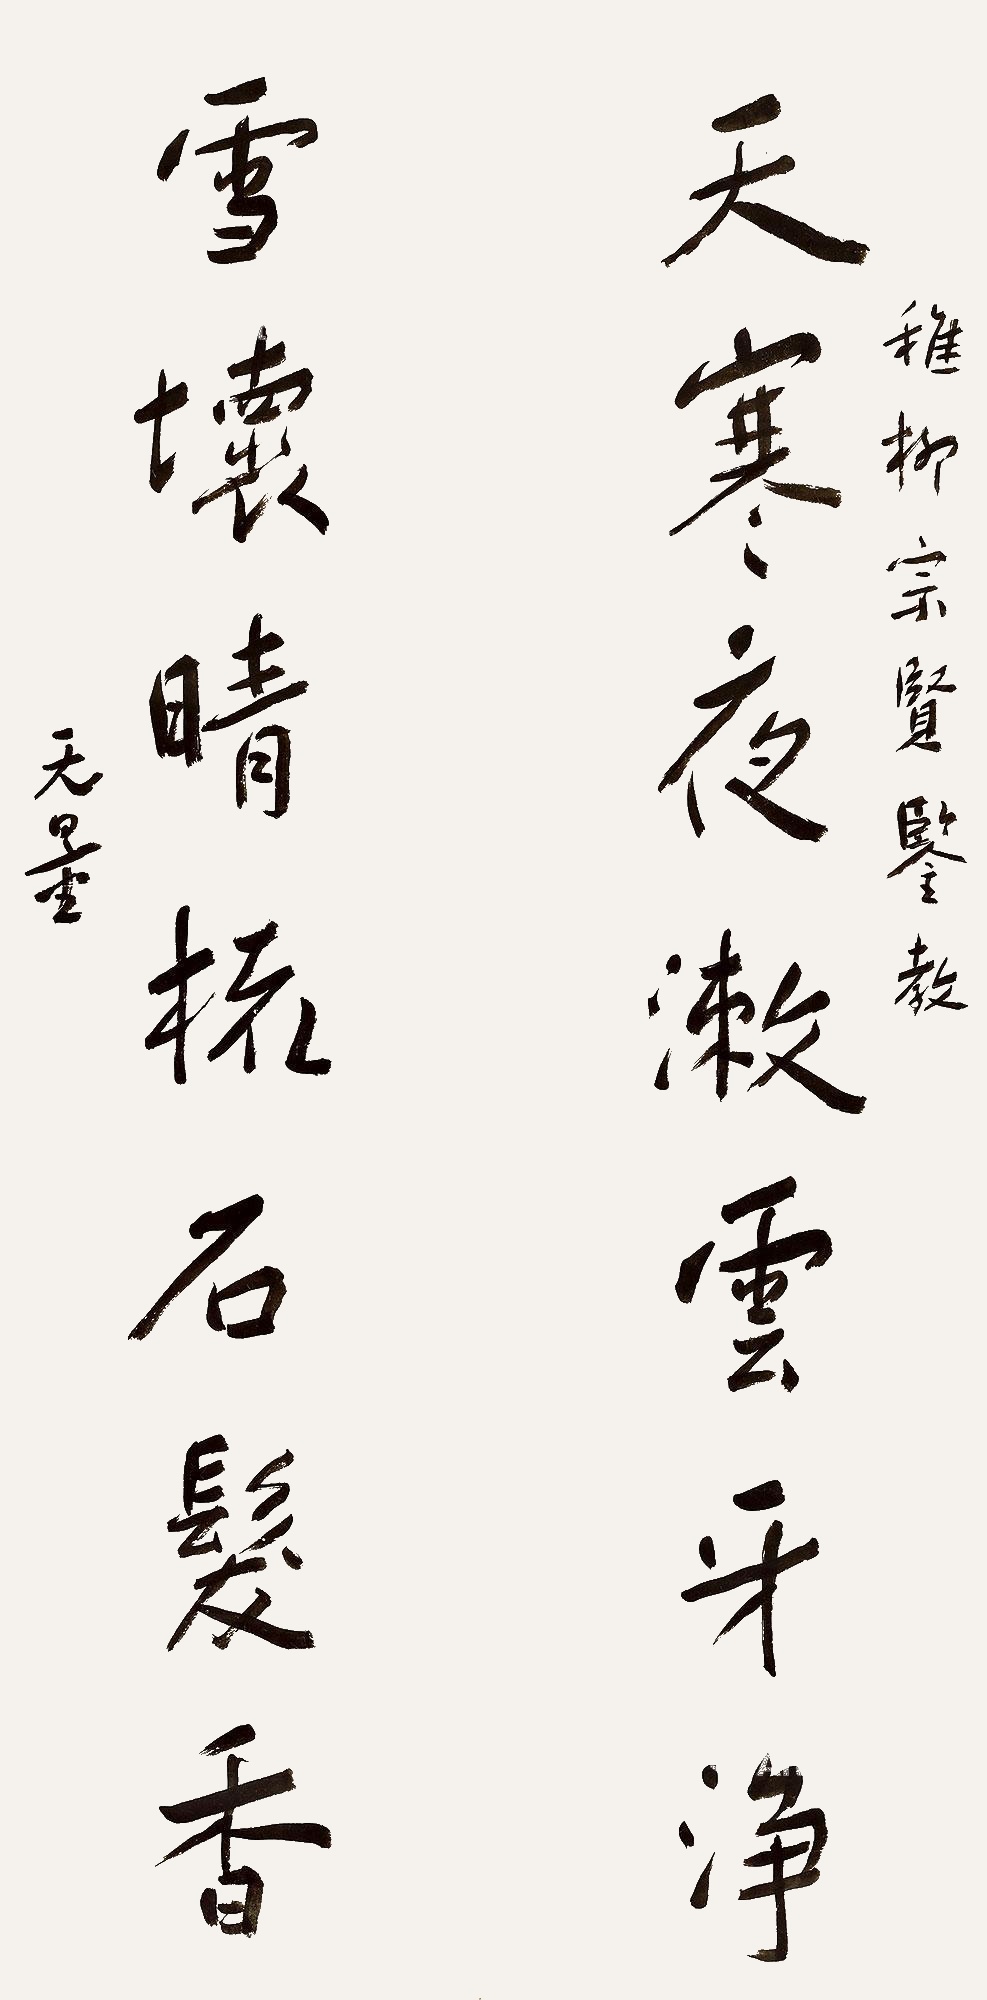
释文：天寒夜漱云牙净，雪坏晴梳石发香。稚柳宗贤鉴教，无量。